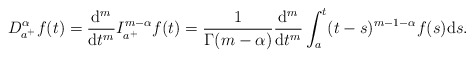
\begin{align*} D^\alpha_{a^+}f (t) = \frac{\mathrm d^m}{\mathrm dt^m}I_{a^+}^{m-\alpha}f(t) = \frac{1}{ \Gamma(m-\alpha)} \frac{\mathrm d^m}{\mathrm dt^m} \int_{a}^t (t-s)^{m-1-\alpha}f(s) \mathrm ds. \end{align*}